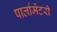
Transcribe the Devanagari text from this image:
पार्लामेंटरी